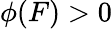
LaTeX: \phi(F)>0